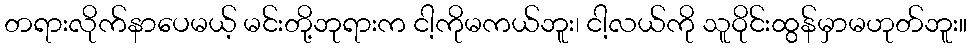
တရားလိုက်နာပေမယ့် မင်းတို့ဘုရားက ငါ့ကိုမကယ်ဘူး၊ ငါ့လယ်ကို သူဝိုင်းထွန်မှာမဟုတ်ဘူး။